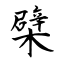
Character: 檗